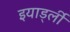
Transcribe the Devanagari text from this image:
इयार्ड्ली